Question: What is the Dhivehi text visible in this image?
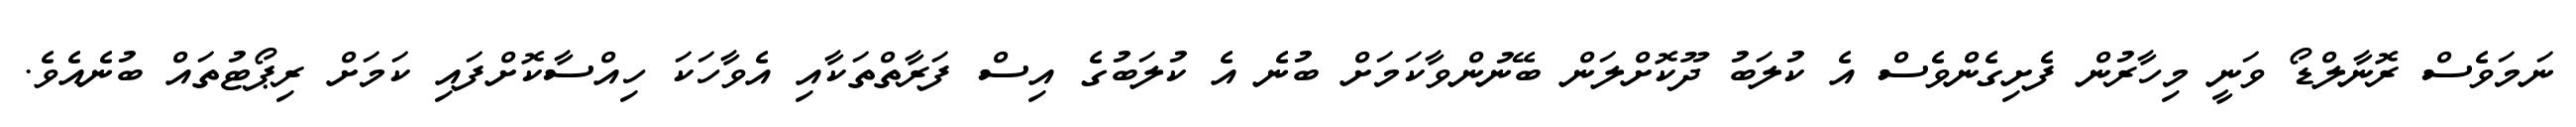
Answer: ނަމަވެސް ރޮނާލްޑޯ ވަނީ މިހާރުން ފެށިގެންވެސް އެ ކުލަބު ދޫކޮށްލަން ބޭނުންވާކަމަށް ބުނެ އެ ކުލަބުގެ އިސް ފަރާތްތަކާއި އެވާހަކަ ހިއްސާކޮށްފައި ކަމަށް ރިޕޯޓުތައް ބުނެއެވެ.